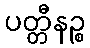
ပတ္တီနဉ္စ